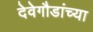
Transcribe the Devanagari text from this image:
देवेगौडांच्या